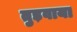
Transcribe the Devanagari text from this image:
तुड़वाया